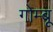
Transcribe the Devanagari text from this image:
गोम्बू